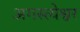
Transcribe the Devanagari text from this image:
अगस्त्येश्वर